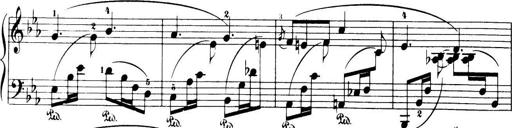
Title: 32 Sonatinas and Rondos for the Piano
Composer: Richard Kleinmichel